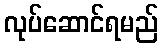
လုပ်ဆောင်ရမည်